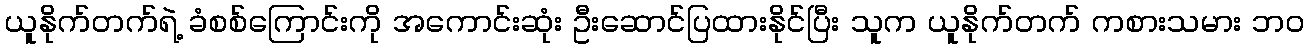
ယူနိုက်တက်ရဲ့ ခံစစ်ကြောင်းကို အကောင်းဆုံး ဦးဆောင်ပြထားနိုင်ပြီး သူက ယူနိုက်တက် ကစားသမား ဘဝ